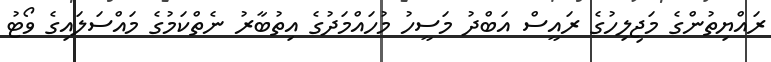
ރައްޔިތުންގެ މަޖިލިހުގެ ރައީސް އަބްދު މަސީހު މުހައްމަދުގެ އިތުބާރު ނެތްކަމުގެ މައްސަލައިގެ ވޯޓު